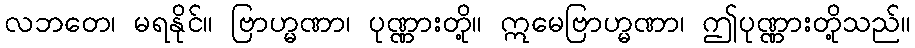
လဘတေ၊ မရနိုင်။ ဗြာဟ္မဏာ၊ ပုဏ္ဏားတို့။ ဣမေဗြာဟ္မဏာ၊ ဤပုဏ္ဏားတို့သည်။